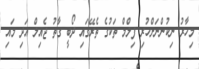
މިހާރު ނިކުންނަށްހުރި ފިލްމް ތަކުގެ ތެރޭގައި ދޯބީ ގާތު ޖެއިލް އަދި މައި